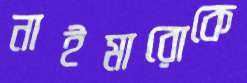
নাইমারোকে